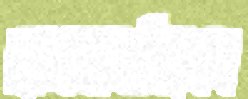
ভালবাসছিলেন